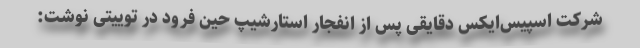
شرکت اسپیس‌ایکس دقایقی پس از انفجار استارشیپ حین فرود در توییتی نوشت: